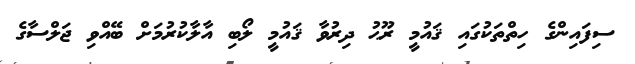
ސިފައިންގެ ހިތްތަކުގައި ޤައުމީ ރޫޙު ދިރުވާ ޤައުމީ ލޯބި އާލާކުރުމަށް ބޭއްވި ޖަލްސާގެ